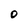
Character: O